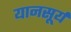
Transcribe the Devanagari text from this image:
यानसूर्य